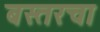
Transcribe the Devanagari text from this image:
बस्तरचा